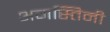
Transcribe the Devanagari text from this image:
अगस्तिनी